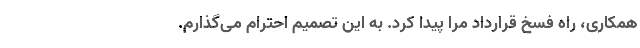
همکاری، راه فسخ قرارداد مرا پیدا کرد. به این تصمیم احترام می‌گذارم.